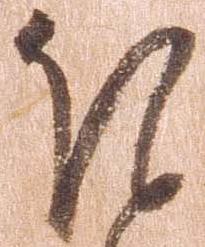
ほ